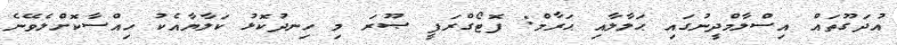
އުދަގޫތައް އިސްލާމްދީނުގައި ޙަލާލާއި ޙަރާމް: ފޮޓޯގްރަފީ ޞޫރަ މި ހިނދުކޮޅު ކަލާޔާއެކު ހިއްސާކޮށްލެވޭނެ